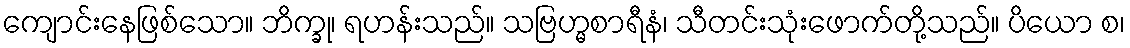
ကျောင်းနေဖြစ်သော။ ဘိက္ခု၊ ရဟန်းသည်။ သဗြဟ္မစာရီနံ၊ သီတင်းသုံးဖောက်တို့သည်။ ပိယော စ၊